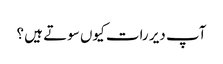
آپ دیر رات کیوں سوتے ہیں ؟